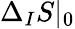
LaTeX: \Delta_{I}S|_{0}